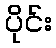
ပိုင်း